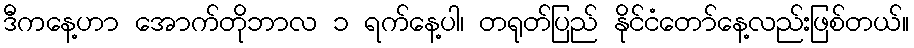
ဒီကနေ့ဟာ အောက်တိုဘာလ ၁ ရက်နေ့ပါ၊ တရုတ်ပြည် နိုင်ငံတော်နေ့လည်းဖြစ်တယ်။